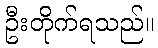
ဦးတိုက်ရသည်။